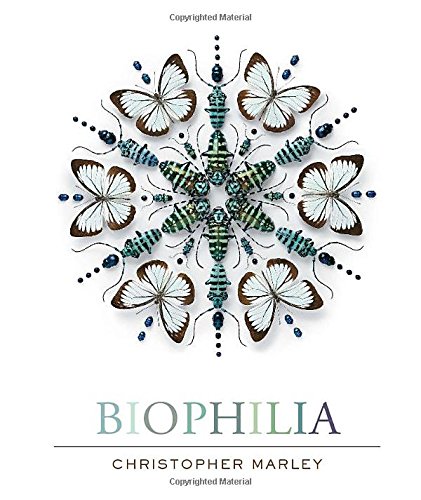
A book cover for Biophilia; Arts & Photography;